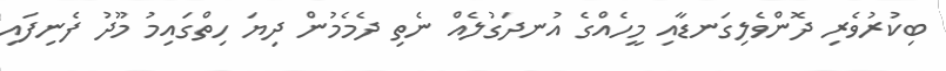
ބިކުރުވެރި ދޮންވެލިގަނޑާއި މީހެއްގެ އުނދަގުލެއް ނެތި ދެމެމުން ދިޔަ ހިތްގައިމު މޫދު ފެނިފައި